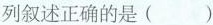
列叙述正确的是()